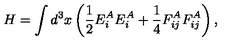
H = \int d ^ { 3 } x \left( \frac { 1 } { 2 } E _ { i } ^ { A } E _ { i } ^ { A } + \frac { 1 } { 4 } F _ { i j } ^ { A } F _ { i j } ^ { A } \right) ,